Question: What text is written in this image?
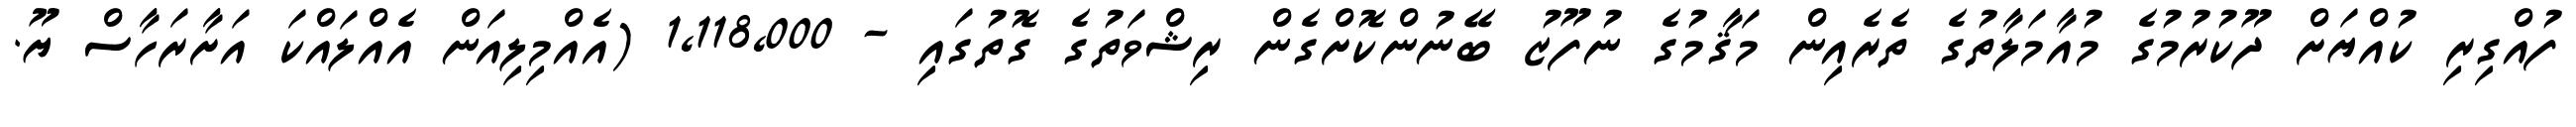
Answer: ފުއްގިރި ކުއްޔަށް ދޫކުރުމުގެ މުއާމަލާތުގެ ތެރެއިން މަޤާމުގެ ނުފޫޒު ބޭނުންކޮށްގެން ރިޝްވަތުގެ ގޮތުގައި - 1,118,000 (އެއްމިލިއަން އެއްލައްކަ އަށާރަހާސް ޔޫ.